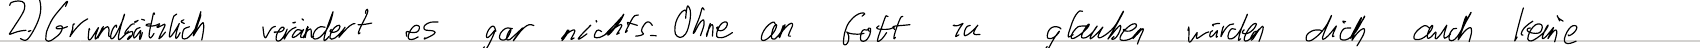
2.) Grundsätzlich verändert es gar nichts. Ohne an Gott zu glauben würden dich auch keine